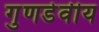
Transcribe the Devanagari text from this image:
गुणडेवीय